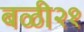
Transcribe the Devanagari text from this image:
बळी२१